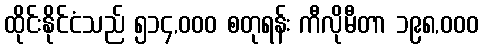
ထိုင်းနိုင်ငံသည် ၅၁၄,၀၀၀ စတုရန်း ကီလိုမီတာ ၁၉၈,၀၀၀